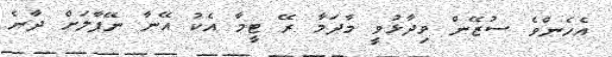
އެހެންވެ ސުޒޭން ވިދާޅުވީ މާދަމާ ރޭ ޓީމާ އެކު އޭނާ ނޭޕާލަށް ދާނެ